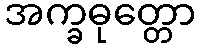
အက္ခဓုတ္တော